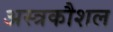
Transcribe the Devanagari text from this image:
अस्त्रकौशल